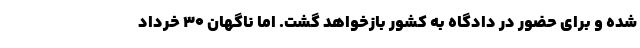
شده و برای حضور در دادگاه به کشور بازخواهد گشت. اما ناگهان ۳۰ خرداد